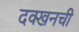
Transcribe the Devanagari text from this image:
दक्खनची